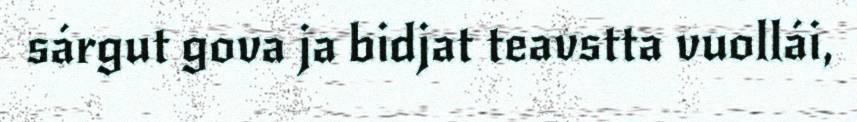
sárgut gova ja bidjat teavstta vuollái,